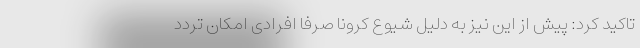
تاکید کرد: پیش از این نیز به دلیل شیوع کرونا صرفا افرادی امکان تردد